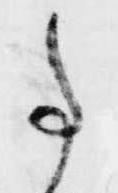
事